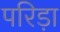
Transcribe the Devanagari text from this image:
परिड़ा